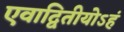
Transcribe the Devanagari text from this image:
एवाद्वितीयोऽहं